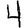
Digit: 4